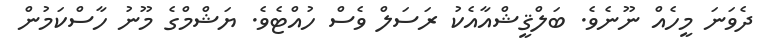
ދެވަނަ މީހެއް ނޫނެވެ. ބަލްޤީޝްއާއެކު ރަސަލް ވެސް ހުއްޓެވެ. ޔަޝްމްގެ މޫނު ހާސްކަމުން